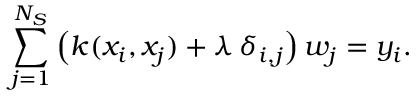
\sum _ { j = 1 } ^ { N _ { S } } \left( k ( x _ { i } , x _ { j } ) + \lambda \, \delta _ { i , j } \right) w _ { j } = y _ { i } .